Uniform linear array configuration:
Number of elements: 64
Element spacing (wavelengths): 1
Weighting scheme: hamming
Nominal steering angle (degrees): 30
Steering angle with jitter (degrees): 30.455
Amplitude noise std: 0.05
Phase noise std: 0.05

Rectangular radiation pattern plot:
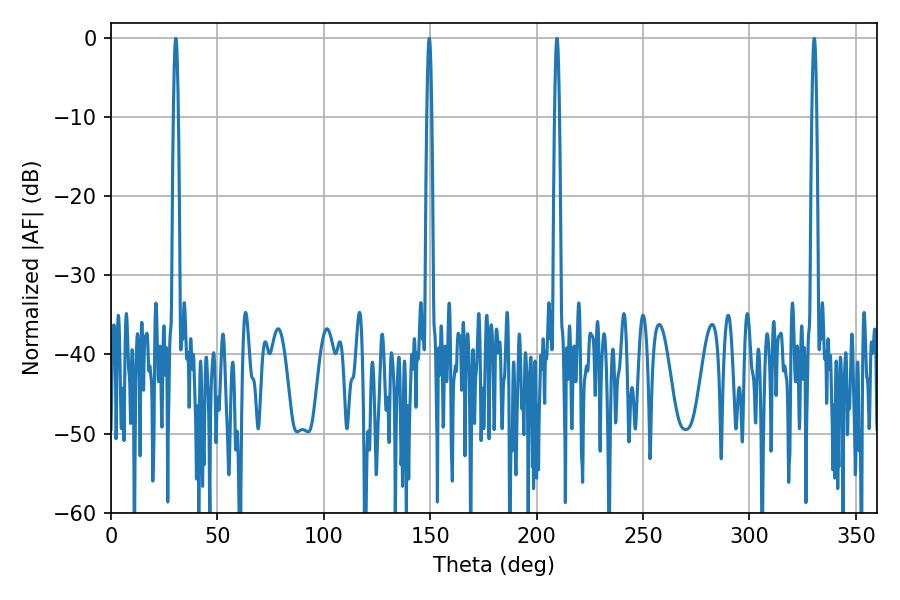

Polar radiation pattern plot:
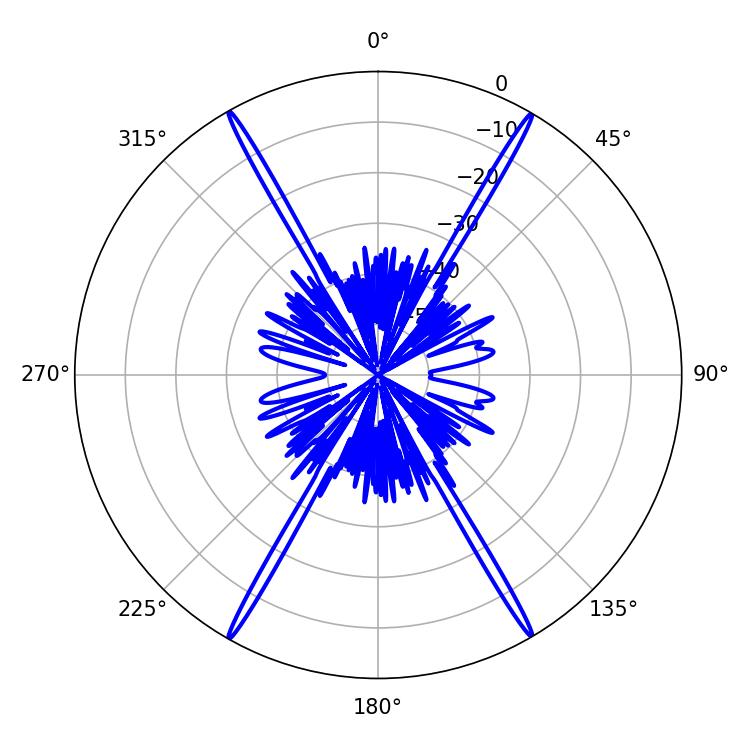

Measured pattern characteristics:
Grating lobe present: TRUE
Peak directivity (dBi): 33.586
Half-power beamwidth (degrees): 1.08
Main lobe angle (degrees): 209.52